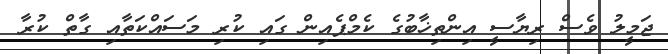
ޖަމީލު ވެސް ރިޔާސީ އިންތިޚާބުގެ ކެމްޕެއިން ގައި ކުރި މަސައްކަތާއި ގާތް ކުރާ